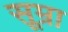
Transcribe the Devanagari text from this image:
सूम्रा